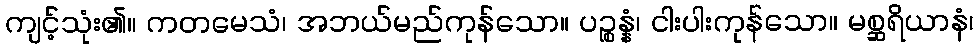
ကျင့်သုံး၏။ ကတမေသံ၊ အဘယ်မည်ကုန်သော။ ပဉ္စန္နံ၊ ငါးပါးကုန်သော။ မစ္ဆရိယာနံ၊